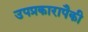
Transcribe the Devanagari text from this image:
उपप्रकारापैकी